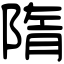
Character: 隋